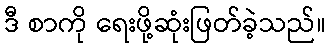
ဒီ စာကို ရေးဖို့ဆုံးဖြတ်ခဲ့သည်။